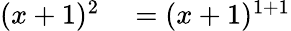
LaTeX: \begin{array}{rlrl}{(x+1)^{2}}&{{}=(x+1)^{1+1}}\end{array}